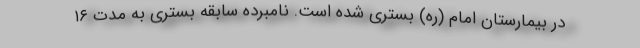
در بیمارستان امام (ره) بستری شده است. نامبرده سابقه بستری به مدت ۱۶